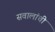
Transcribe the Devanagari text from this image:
सवालांची